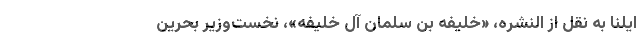
ایلنا به نقل از النشره، «خلیفه بن سلمان آل خلیفه»، نخست‌وزیر بحرین